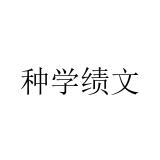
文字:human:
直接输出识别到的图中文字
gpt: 种学绩文